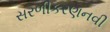
સરળીકરણનવી